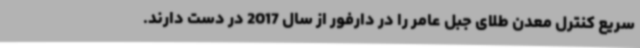
سریع کنترل معدن طلای جبل عامر را در دارفور از سال 2017 در دست دارند.